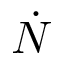
\dot { N }